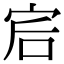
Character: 𡧻